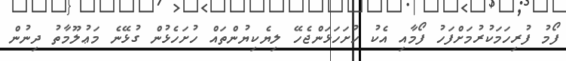
ފޯމު ފުރިހަމަކުރުމަށްފަހު ފޯމާއި އެކު ހުށަހަޅަންޖެހޭ ލިޔެކިޔުންތައް ހުށަހެޅުން ގުޅޭނެ މަޢުލޫމާތު ދިނުން